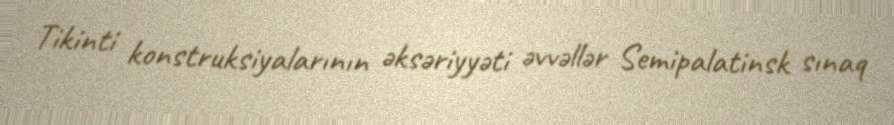
Tikinti konstruksiyalarının əksəriyyəti əvvəllər Semipalatinsk sınaq